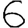
Digit: 6